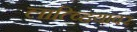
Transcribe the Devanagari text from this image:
लात्व्हियावर